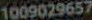
1009029657